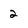
Character: 2